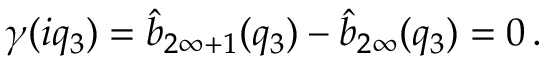
\gamma ( i q _ { 3 } ) = \hat { b } _ { 2 \infty + 1 } ( q _ { 3 } ) - \hat { b } _ { 2 \infty } ( q _ { 3 } ) = 0 \, .